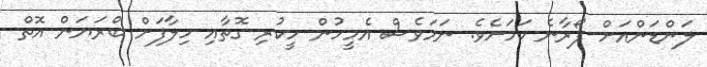
ލަންޑަންއަށް ފޯރާނެ ކަމަށެވެ. ނަމަވެސް އެމީހުން ހީކުރި ގޮތާއި ހިލާފަށް ބްރަޔަން އޮތް